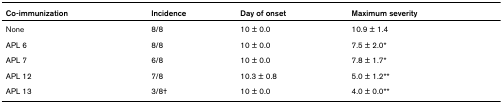
| Co-immunization | Incidence | Day of onset | Maximum severity |
 | --- | --- | --- | --- |
 | None | 8/8 | 10 ± 0.0 | 10.9 ± 1.4 |
 | APL 6 | 8/8 | 10 ± 0.0 | 7.5 ± 2.0* |
 | APL 7 | 6/8 | 10 ± 0.0 | 7.8 ± 1.7* |
 | APL 12 | 7/8 | 10.3 ± 0.8 | 5.0 ± 1.2** |
 | APL 13 | 3/8† | 10 ± 0.0 | 4.0 ± 0.0** |